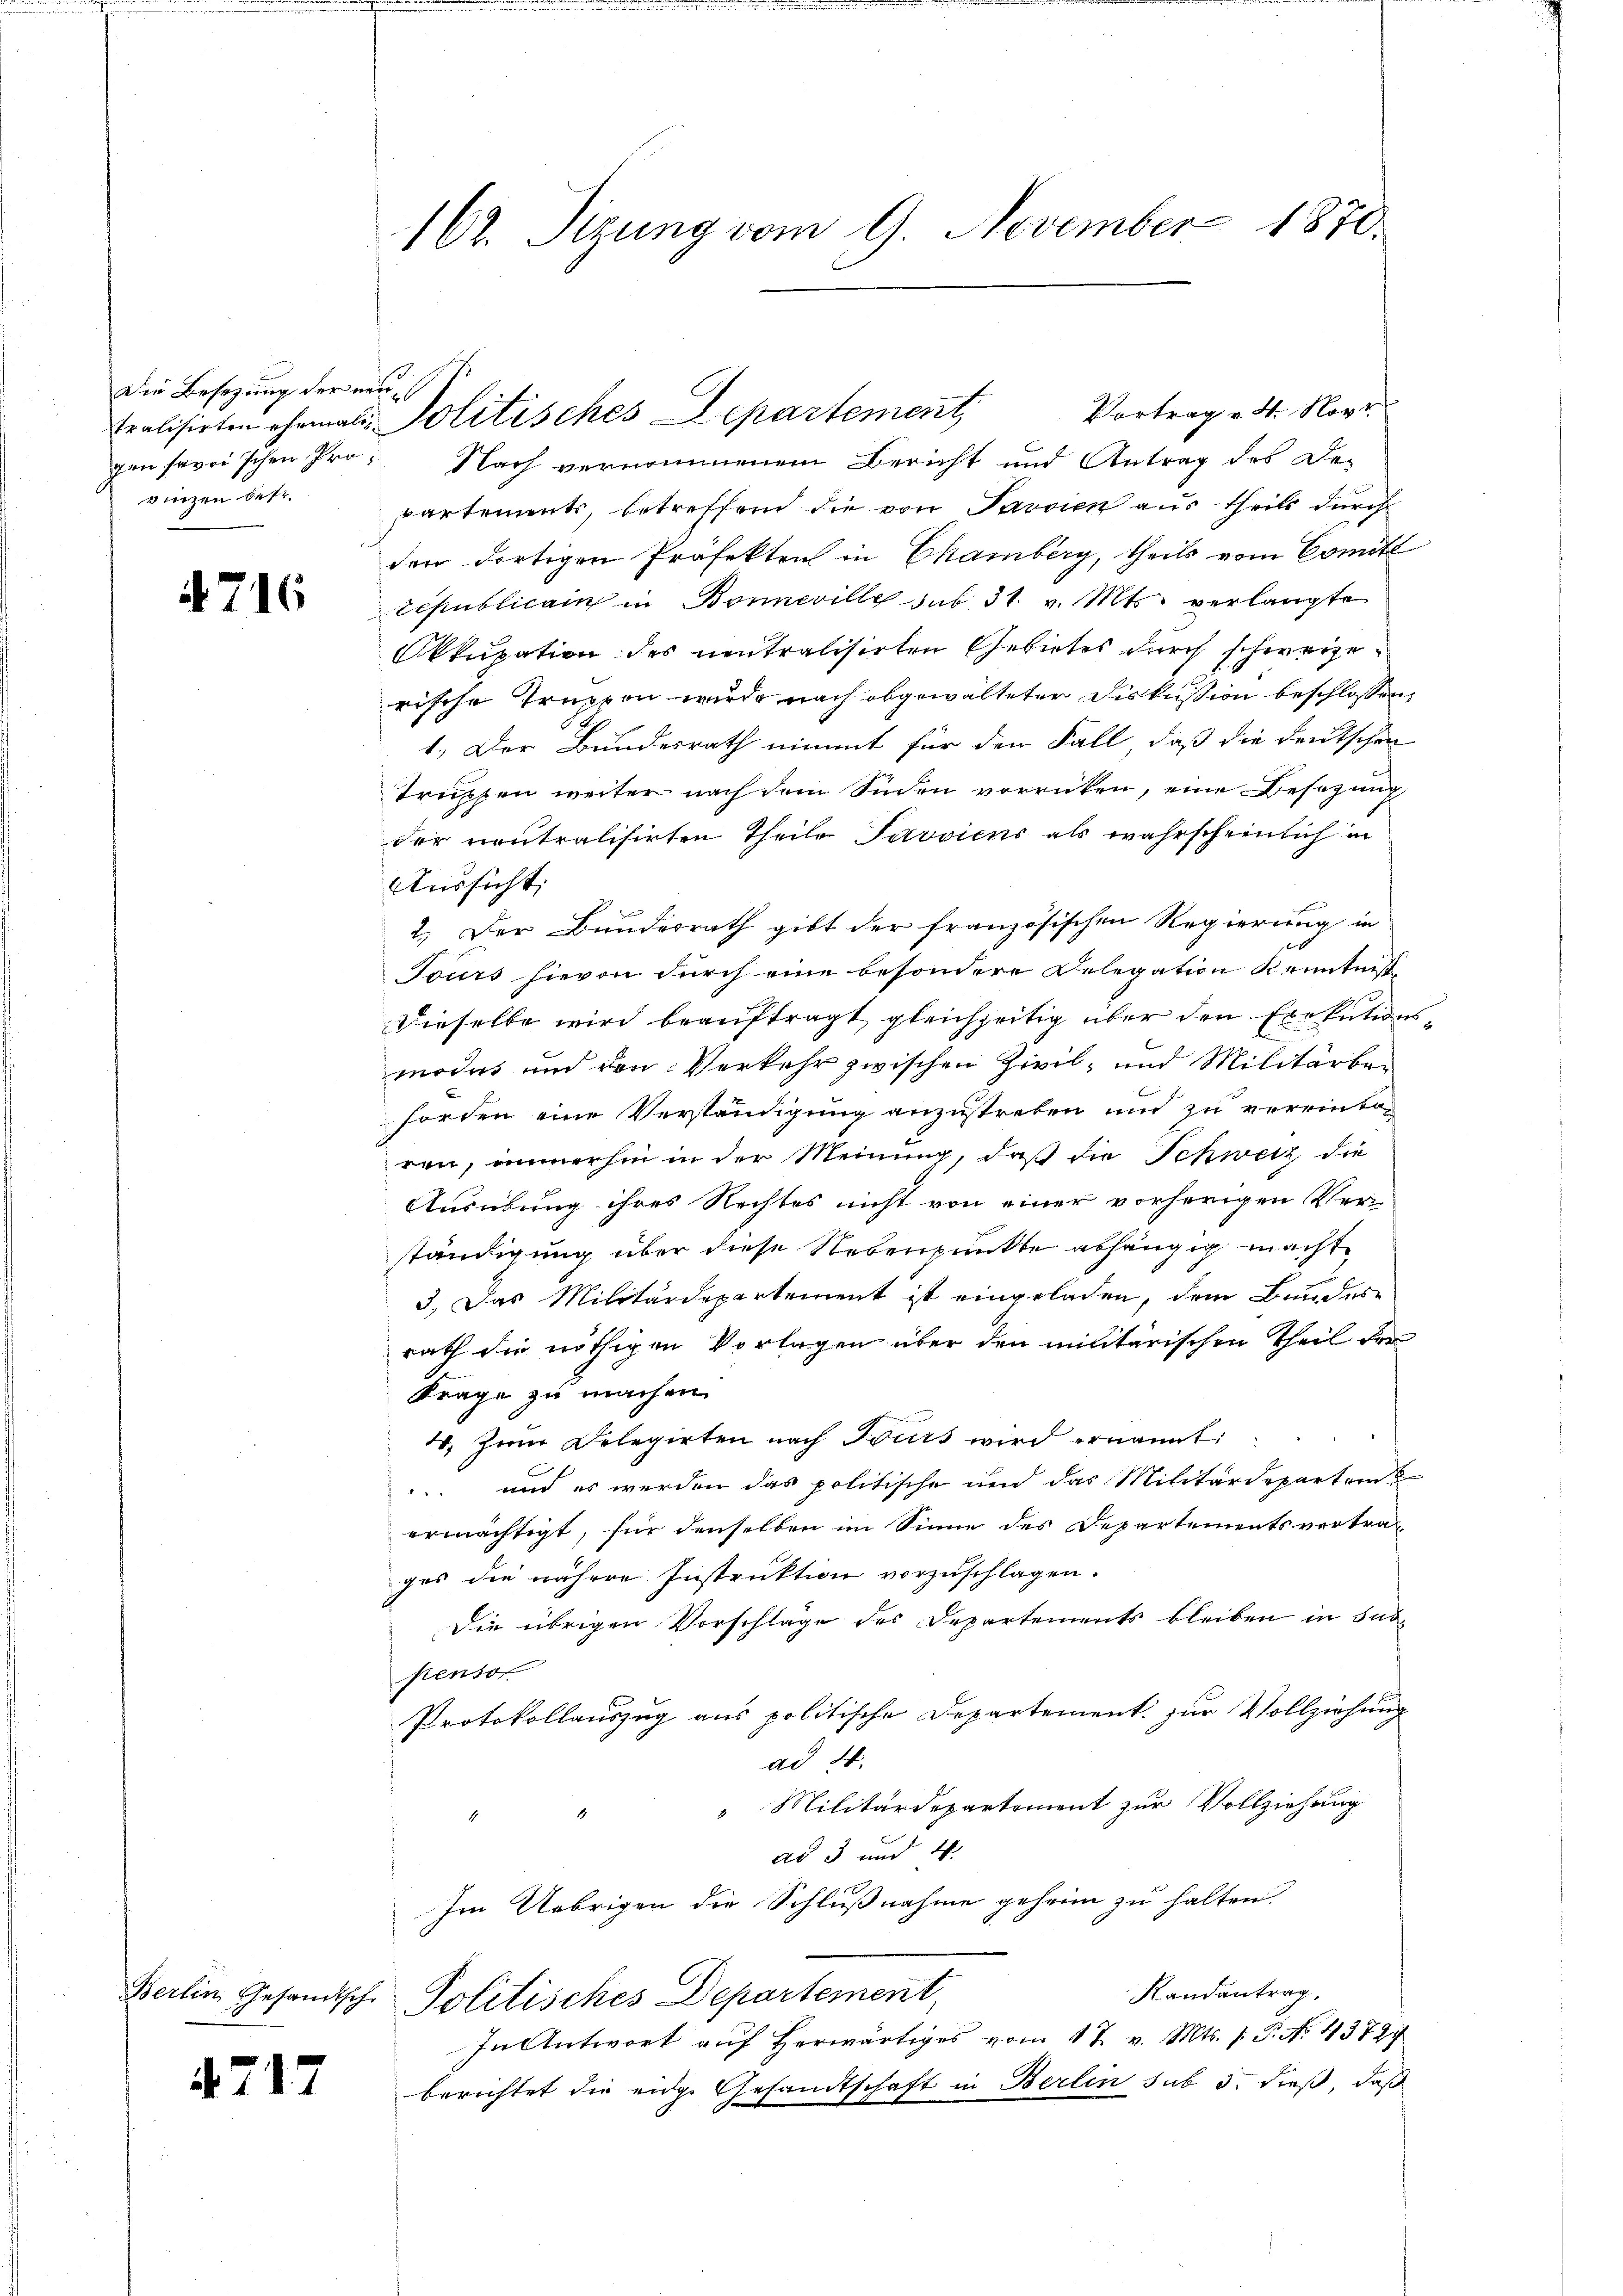
Die Besetzung der ne
vizen best

4716

Berlin Gesandtsch

4717

162. Sizung vom 9. November 1870.

gen savoischen Pro- Nach vernommenem Bericht und Antrag des De-
partements, betreffend die von Pavvien aus theils durch
den dortigen Präfekten in Chamberg, theils vom Comité
Sepublicain in Bonneville sub 31. v. Mts. verlangte
Okkupation des neutralisirten Gebietes durch schweizerische Truppen wurde nach abgewalteter Diskussion beschlossen,
1.) Der Bundesrath nimmt für den Fall, daß die deutschen
truppen weiter nach dem Süden vorrücken, eine Besazung
der neutralisirten Theile Pavvicus als wahrscheinlich in
Aussicht
2.) Der Bundesrath gibt der französischen Regierung in
Tours hievon durch eine besondere Delegation Kenntniste
Dieselbe wird beauftragt, gleichzeitig über den Exekutionsmodus und den Verkehr zwischen Zivil- und Militärben
forden eine Verständigung anzustreben und zu vereinten
ren, immerhin in der Meinung, daß die Schweiz die
Ausübung ihres Rechtes nicht von einer vorherigen Ver-
ständigung über diese Nebenpunkte abhängig macht
3.) Das Militärdepartement ist eingeladen, dem Bundesrath die nöthigen Vorlagen über den militärischen Theil der
Frage zu machen.
4. Zum Delegirten nach Bours wird ernannt:
 und es werden das politische und das Militärdepartemermächtigt, für denselben im Sinne des Departementsvertra-
ges die nähere Instruktion vorzuschlagen.
Die übrigen Vorschläge des Departements bleiben in Subpenso
Protokollauszug aus politische Departement zur Vollziehung
ad 4.
"Militärdepartement zur Vollziehung
1
d
ad 3 und 4.
Im Uebrigen die Schlußnahme geheim zu halten.

e
Vortrag v. 4. Not
tralisirten ehemals Politisches Departement,

Randantrag.
Politisches Departement,
In Antwort auf herwärtiges vom 17. v. Mts. f. P. No. 43727

berichtet die eidge Gesandtschaft in Berlin sub 5. dieß, daß